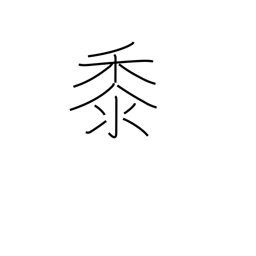
Meaning: millet